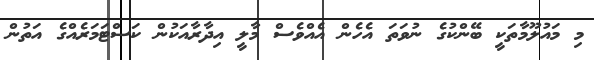
މި މައުލޫމާތަކީ ބޭންކުގެ ނުވަތަ އެހެން އެއްވެސް މާލީ އިދާރާއަކުން ކަސްޓަމަރެއްގެ އަތުން